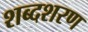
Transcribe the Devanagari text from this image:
शब्दशरण